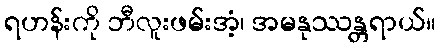
ရဟန်းကို ဘီလူးဖမ်းအံ့၊ အမနုဿန္တရာယ်။